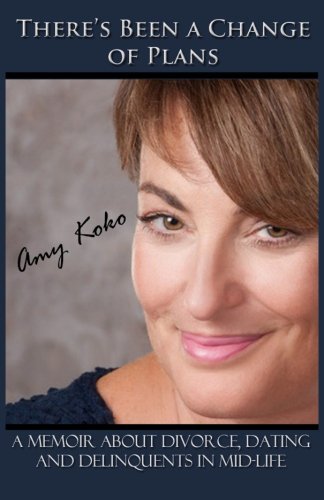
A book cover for There's Been A Change Of Plans; Amy Koko; Parenting & Relationships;